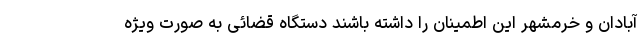
آبادان و خرمشهر این اطمینان را داشته باشند دستگاه قضائی به صورت ویژه